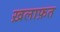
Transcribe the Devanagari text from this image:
ख़लाफ़त